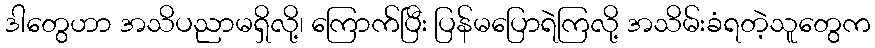
ဒါတွေဟာ အသိပညာမရှိလို့၊ ကြောက်ပြီး ပြန်မပြောရဲကြလို့ အသိမ်းခံရတဲ့သူတွေက